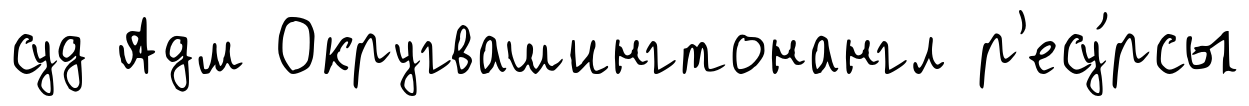
суд Адм Округвашингтонангл р'есу́рсы